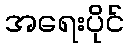
အရေးပိုင်